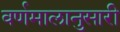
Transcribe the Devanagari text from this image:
वर्णमालानुसारी